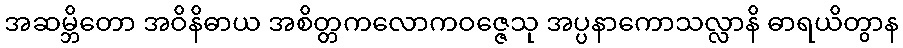
အဆမ္ဘိတော အဝိနိဓာယ အစိတ္တကလောကဝဇ္ဇေသု အပ္ပနာကောသလ္လာနိ ဓာရယိတွာန